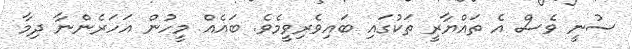
ސުނީ ވެސް އެ ތައްޔާރީ ތަކުގައި ބައިވެރިވީމެވެ. ބައެއް މީހުން އަހަރެންނާ ދިމާ